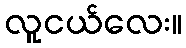
လူငယ်လေး။